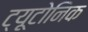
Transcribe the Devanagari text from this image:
ट्यूटोनिक